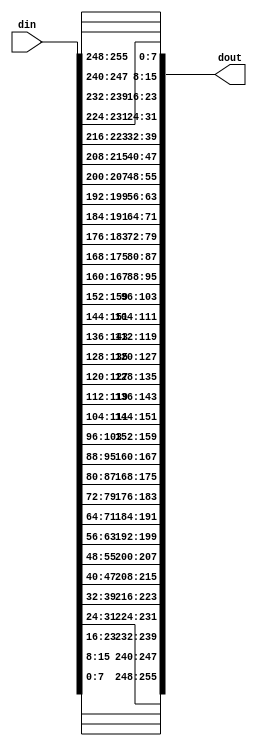
// (C) 2001-2016 Altera Corporation. All rights reserved.
// Your use of Altera Corporation's design tools, logic functions and other 
// software and tools, and its AMPP partner logic functions, and any output 
// files any of the foregoing (including device programming or simulation 
// files), and any associated documentation or information are expressly subject 
// to the terms and conditions of the Altera Program License Subscription 
// Agreement, Altera MegaCore Function License Agreement, or other applicable 
// license agreement, including, without limitation, that your use is for the 
// sole purpose of programming logic devices manufactured by Altera and sold by 
// Altera or its authorized distributors.  Please refer to the applicable 
// agreement for further details.


// $Id: $
// $Revision: $
// $Date: $
// $Author: $
//-----------------------------------------------------------------------------

// Copyright 2012 Altera Corporation. All rights reserved.  
// Altera products are protected under numerous U.S. and foreign patents, 
// maskwork rights, copyrights and other intellectual property laws.  
//
// This reference design file, and your use thereof, is subject to and governed
// by the terms and conditions of the applicable Altera Reference Design 
// License Agreement (either as signed by you or found at www.altera.com).  By
// using this reference design file, you indicate your acceptance of such terms
// and conditions between you and Altera Corporation.  In the event that you do
// not agree with such terms and conditions, you may not use the reference 
// design file and please promptly destroy any copies you have made.
//
// This reference design file is being provided on an "as-is" basis and as an 
// accommodation and therefore all warranties, representations or guarantees of 
// any kind (whether express, implied or statutory) including, without 
// limitation, warranties of merchantability, non-infringement, or fitness for
// a particular purpose, are specifically disclaimed.  By making this reference
// design file available, Altera expressly does not recommend, suggest or 
// require that this reference design file be used in combination with any 
// other product not provided by Altera.
/////////////////////////////////////////////////////////////////////////////

`timescale 1 ps / 1 ps
// baeckler - 10-15-2012

module reverse_bytes #(
	parameter NUM_BYTES = 32
)(
	input [NUM_BYTES*8-1:0] din,
	output [NUM_BYTES*8-1:0] dout
);

genvar i;
generate
	for (i=0; i<NUM_BYTES; i=i+1) begin : lp
		assign dout[(NUM_BYTES-1-i)*8+7:(NUM_BYTES-1-i)*8] = din[(i*8)+7:i*8];		
	end
endgenerate

endmodule
// BENCHMARK INFO :  5SGXEA7N2F45C2
// BENCHMARK INFO :  Max depth :  0.0 LUTs
// BENCHMARK INFO :  Total registers : 0
// BENCHMARK INFO :  Total pins : 512
// BENCHMARK INFO :  Total virtual pins : 0
// BENCHMARK INFO :  Total block memory bits : 0
// BENCHMARK INFO :  Comb ALUTs :                         ; 1               ;       ;
// BENCHMARK INFO :  ALMs : 1 / 234,720 ( < 1 % )